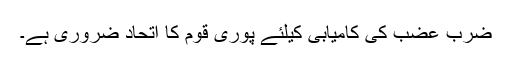
ضرب عضب کی کامیابی کیلئے پوری قوم کا اتحاد ضروری ہے۔